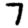
Digit: 7